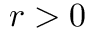
r > 0